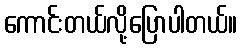
ကောင်းတယ်လို့ပြောပါတယ်။